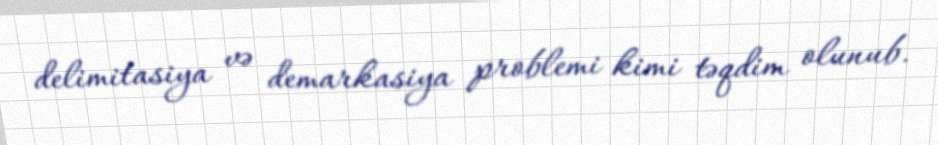
delimitasiya və demarkasiya problemi kimi təqdim olunub.